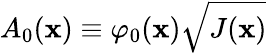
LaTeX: A_{0}(\mathbf{x})\equiv\varphi_{0}(\mathbf{x})\sqrt{J(\mathbf{x})}